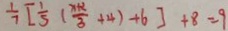
\frac { 1 } { 7 } [ \frac { 1 } { 5 } ( \frac { x + 2 } { 3 } + 4 ) + 6 ] + 8 = 9